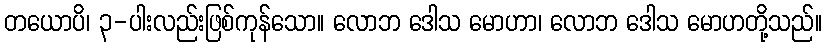
တယောပိ၊ ၃-ပါးလည်းဖြစ်ကုန်သော။ လောဘ ဒေါသ မောဟာ၊ လောဘ ဒေါသ မောဟတို့သည်။